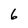
Character: 6